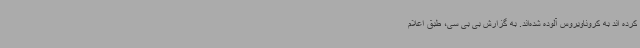
کرده اند به کروناویروس آلوده شده‌اند. به گزارش بی بی سی، طبق اعلام